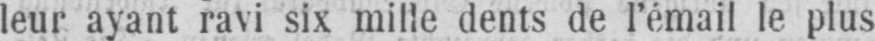
leur ayant ravi six mille dents de l’émail le plus